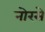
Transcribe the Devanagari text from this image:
नोरसे